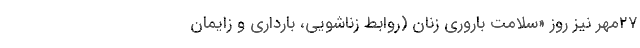
۲۷مهر نیز روز «سلامت باروری زنان (روابط زناشویی، بارداری و زایمان